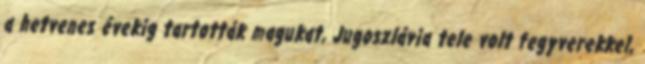
a hetvenes évekig tartották magukat, Jugoszlávia tele volt fegyverekkel,